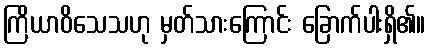
ကြိယာဝိသေသဟု မှတ်သားကြောင်း ခြောက်ပါးရှိ၏။